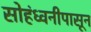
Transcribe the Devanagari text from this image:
सोहंध्वनीपासून